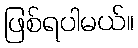
ဖြစ်ရပါမယ်။